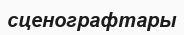
сценографтары